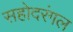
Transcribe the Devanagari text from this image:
सहोदरंगल